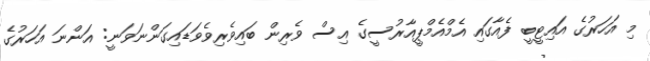
މި އަހަރުގެ އައިޓީބީ ފެއާގައި އެމްއެމްޕީއާރުސީގެ އިސް ވެރިން ބައިވެރިވެވަޑައިގަންނަވަނީ: އަންނަ އަހަރުގެ